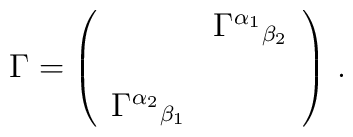
\Gamma =\left( \begin{array}{cc}& \Gamma^{\alpha_1}{}_{\beta_2}\\& \\\Gamma^{\alpha_2}{}_{\beta_1}& \\\end{array}\right)\, .